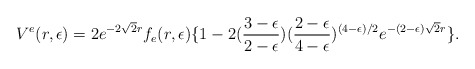
\begin{align*}V^e(r,\epsilon) = 2 e^{- 2 \sqrt 2 r} f_e (r,\epsilon) \{ 1- 2({3-\epsilon\over 2-\epsilon})({2-\epsilon \over 4-\epsilon})^{(4-\epsilon)/2}e^{- (2-\epsilon) \sqrt 2 r}\}.\end{align*}